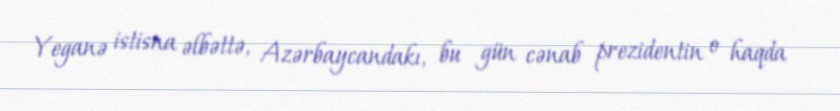
Yeganə istisna əlbəttə, Azərbaycandakı, bu gün cənab prezidentin o haqda